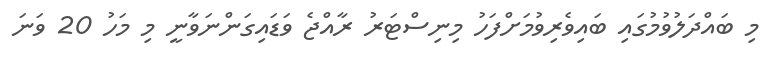
މި ބައްދަލުވުމުގައި ބައިވެރިވުމަށްފަހު މިނިސްޓަރު ރާއްޖެ ވަޑައިގަންނަވާނީ މި މަހު 20 ވަނަ